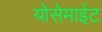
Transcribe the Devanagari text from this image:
योसेमाईट